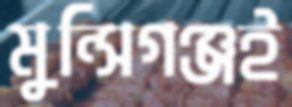
মুন্সিগঞ্জই